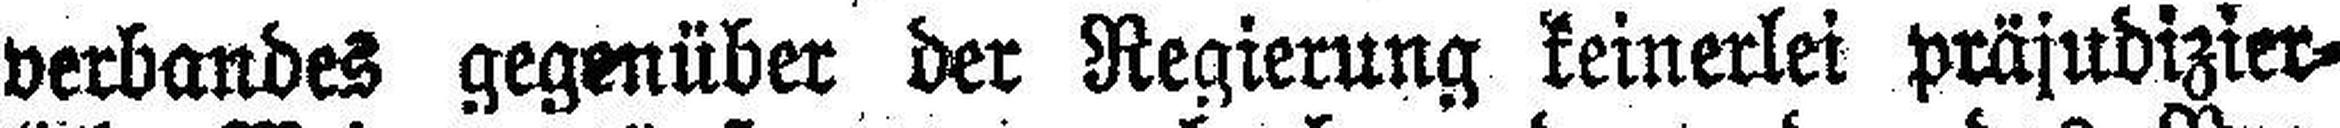
verbandes gegenüber der Regierung keinerlei präjudizier¬